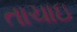
તાચાઇ